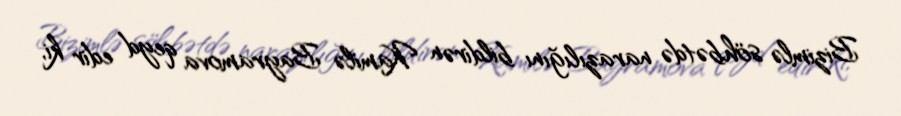
Bizimlə söhbətdə narazılığını bildirən Kamilə Bayramova qeyd edir ki,